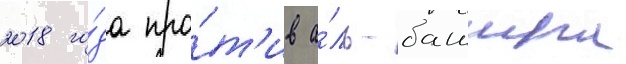
2018 го́да про́т'ив а́ль-башира